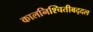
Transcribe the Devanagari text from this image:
कालनिश्चितीबद्दल